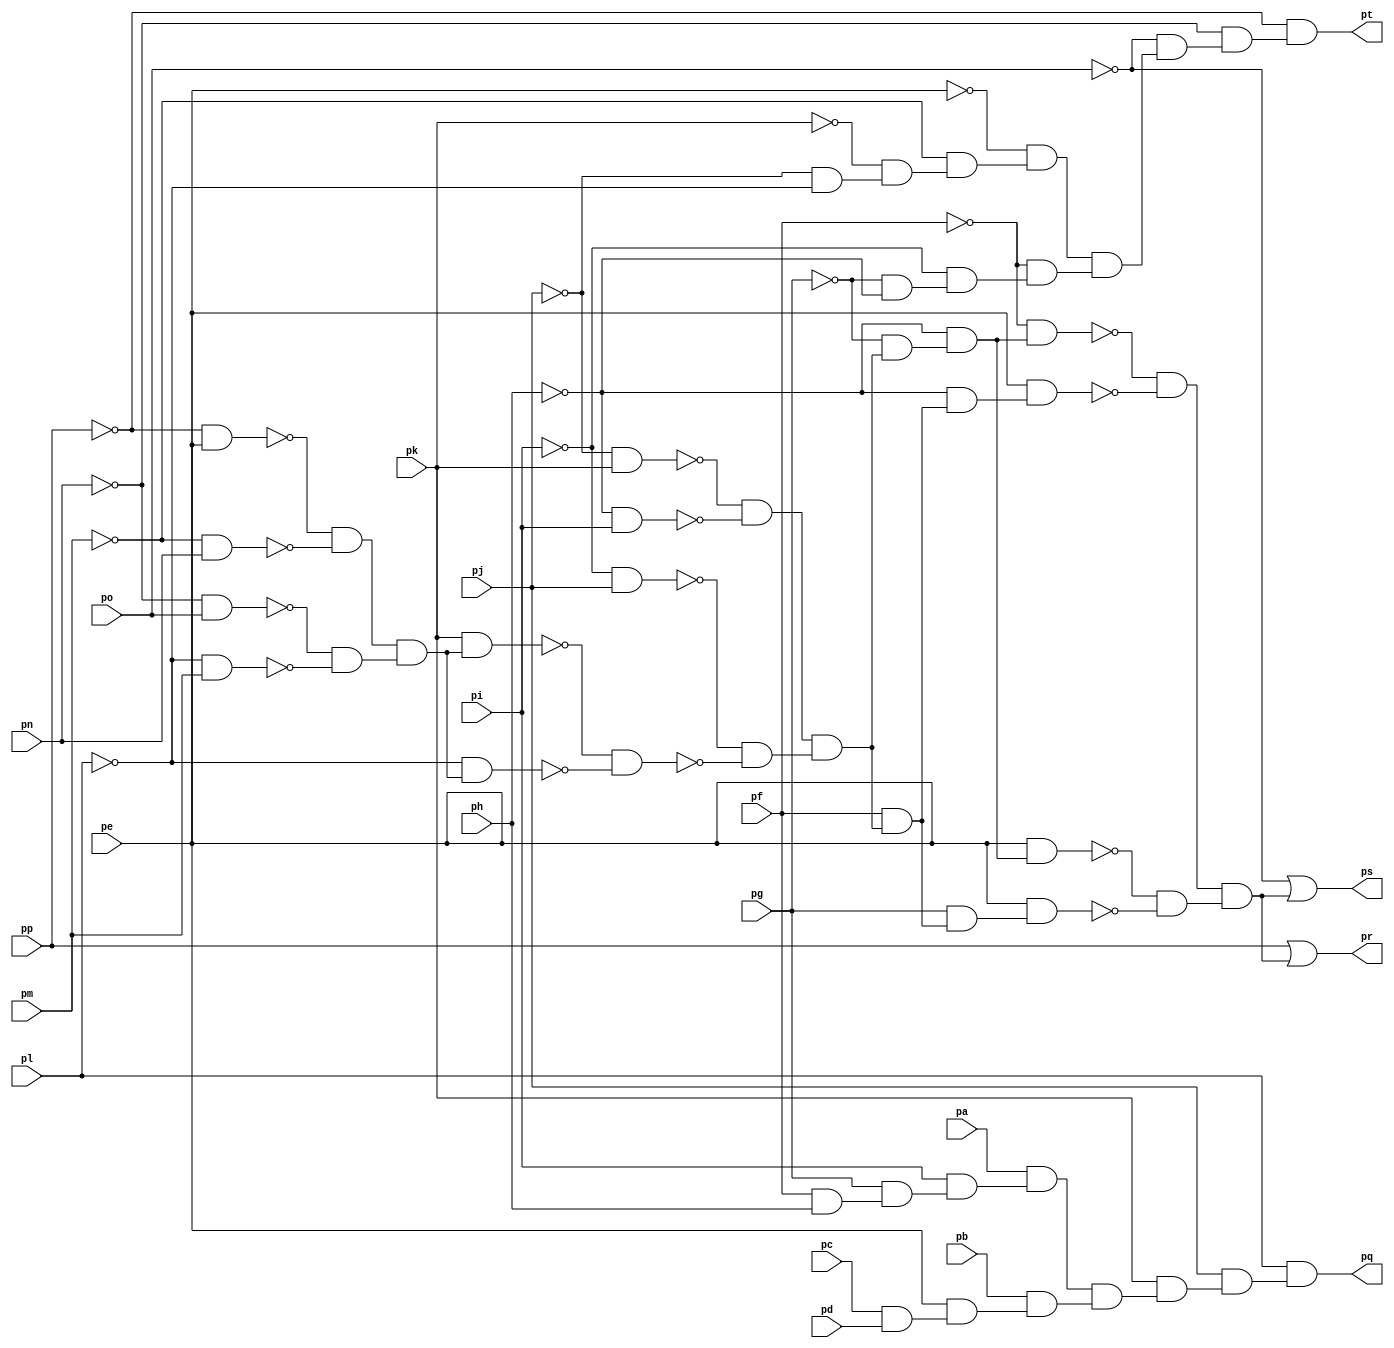
module top ( 
    pp, pa, pb, pc, pd, pe, pf, pg, ph, pi, pj, pk, pl, pm, pn, po,
    pq, pr, ps, pt  );
  input  pp, pa, pb, pc, pd, pe, pf, pg, ph, pi, pj, pk, pl, pm, pn, po;
  output pq, pr, ps, pt;
  wire new_n21_, new_n22_, new_n23_, new_n24_, new_n25_, new_n26_, new_n27_,
    new_n28_, new_n29_, new_n30_, new_n32_, new_n33_, new_n34_, new_n35_,
    new_n36_, new_n37_, new_n38_, new_n39_, new_n40_, new_n41_, new_n42_,
    new_n43_, new_n44_, new_n45_, new_n46_, new_n47_, new_n48_, new_n49_,
    new_n50_, new_n51_, new_n52_, new_n53_, new_n54_, new_n55_, new_n56_,
    new_n57_, new_n58_, new_n59_, new_n62_, new_n63_, new_n64_, new_n65_,
    new_n66_, new_n67_, new_n68_, new_n69_, new_n70_, new_n71_;
  assign new_n21_ = pf & ph;
  assign new_n22_ = pg & new_n21_;
  assign new_n23_ = pi & new_n22_;
  assign new_n24_ = pc & pd;
  assign new_n25_ = pe & new_n24_;
  assign new_n26_ = pa & new_n23_;
  assign new_n27_ = pb & new_n25_;
  assign new_n28_ = new_n26_ & new_n27_;
  assign new_n29_ = pk & new_n28_;
  assign new_n30_ = pj & new_n29_;
  assign pq = pl & new_n30_;
  assign new_n32_ = ~pj & pk;
  assign new_n33_ = ~ph & pi;
  assign new_n34_ = ~pi & pj;
  assign new_n35_ = ~pp & pe;
  assign new_n36_ = ~pm & pn;
  assign new_n37_ = ~pn & po;
  assign new_n38_ = ~pl & pm;
  assign new_n39_ = ~new_n35_ & ~new_n36_;
  assign new_n40_ = ~new_n37_ & ~new_n38_;
  assign new_n41_ = new_n39_ & new_n40_;
  assign new_n42_ = pk & new_n41_;
  assign new_n43_ = ~pl & new_n41_;
  assign new_n44_ = ~new_n42_ & ~new_n43_;
  assign new_n45_ = ~new_n32_ & ~new_n33_;
  assign new_n46_ = ~new_n34_ & ~new_n44_;
  assign new_n47_ = new_n45_ & new_n46_;
  assign new_n48_ = ~pg & new_n47_;
  assign new_n49_ = ~ph & new_n48_;
  assign new_n50_ = ~pf & new_n49_;
  assign new_n51_ = pf & new_n47_;
  assign new_n52_ = ~ph & new_n51_;
  assign new_n53_ = pe & new_n52_;
  assign new_n54_ = pe & new_n49_;
  assign new_n55_ = pg & new_n51_;
  assign new_n56_ = pe & new_n55_;
  assign new_n57_ = ~new_n50_ & ~new_n53_;
  assign new_n58_ = ~new_n54_ & ~new_n56_;
  assign new_n59_ = new_n57_ & new_n58_;
  assign pr = pp | new_n59_;
  assign ps = ~po | new_n59_;
  assign new_n62_ = ~pj & ~pl;
  assign new_n63_ = ~pk & new_n62_;
  assign new_n64_ = ~pm & new_n63_;
  assign new_n65_ = ~pg & ~ph;
  assign new_n66_ = ~pi & new_n65_;
  assign new_n67_ = ~pe & new_n64_;
  assign new_n68_ = ~pf & new_n66_;
  assign new_n69_ = new_n67_ & new_n68_;
  assign new_n70_ = ~po & new_n69_;
  assign new_n71_ = ~pn & new_n70_;
  assign pt = ~pp & new_n71_;
endmodule